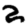
Digit: 2